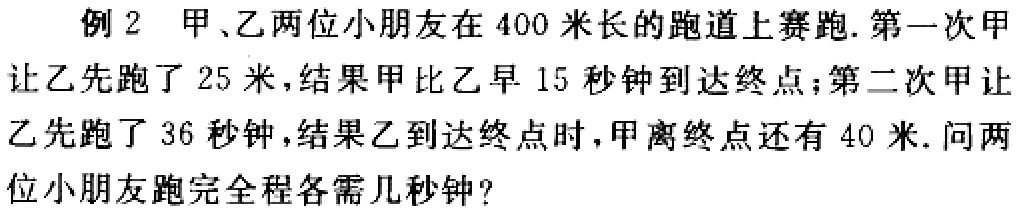
例2 甲、乙两位小朋友在400米长的跑道上赛跑. 第一次甲让乙先跑了25米，结果甲比乙早15秒钟到达终点；第二次甲让乙先跑了36秒钟，结果乙到达终点时，甲离终点还有40米. 问两位小朋友跑完全程各需几秒钟？